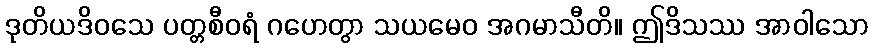
ဒုတိယဒိဝသေ ပတ္တစီဝရံ ဂဟေတွာ သယမေဝ အဂမာသီတိ။ ဤဒိသဿ အာဝါသော